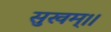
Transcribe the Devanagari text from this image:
सुखम्।।